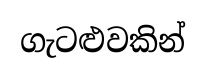
ගැටළුවකින්